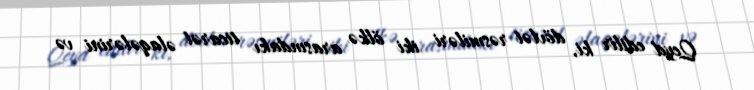
Qeyd edilir ki, dövlət rəsmiləri iki ölkə arasındakı ticarət əlaqələrini və